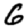
Digit: 6